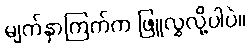
မျက်နှာကြက်က ဖြူလွှလို့ပါပဲ။